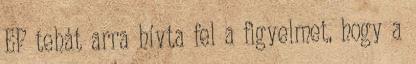
EP tehát arra hívta fel a figyelmet, hogy a